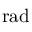
\mathrm { r a d }